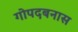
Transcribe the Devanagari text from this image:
गोपदबनास